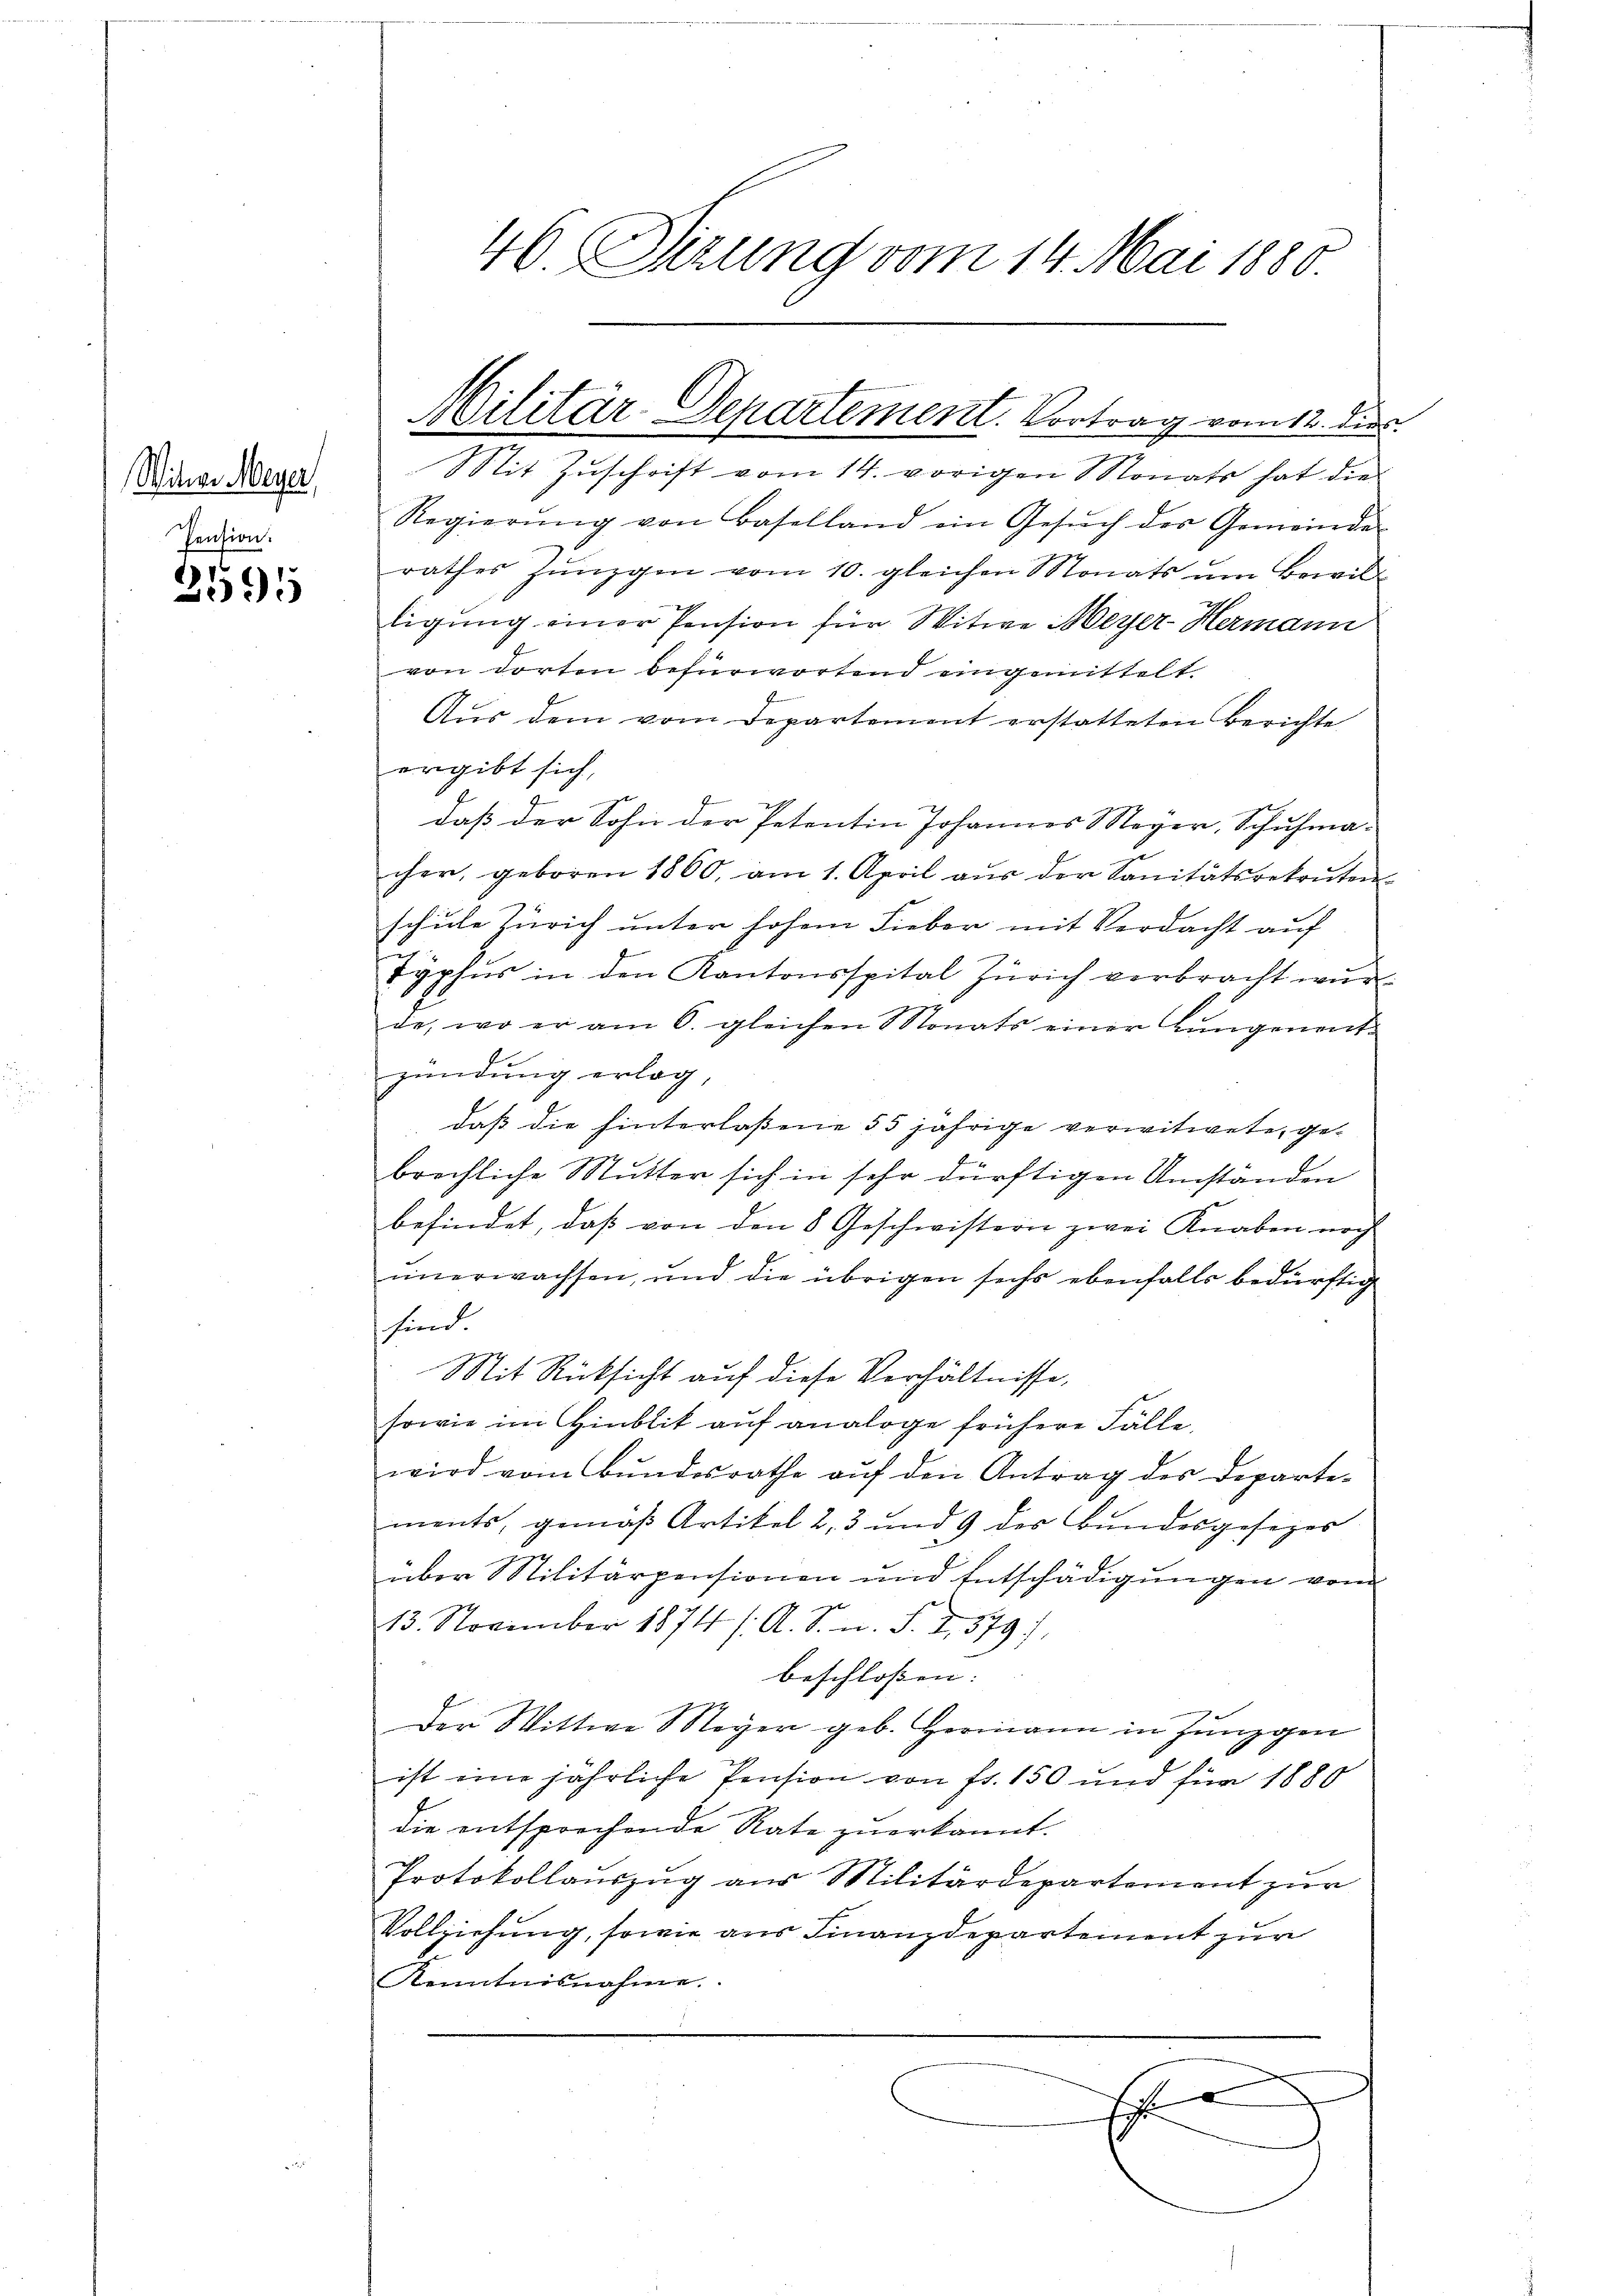
Witwe Meyer,
Pension.

2595

46. Sizung vom 14. Mai 1880

Militär-Departement. Vortrag vom 12. dies

Stit Zuschrift vom 14. vorigen Monats hat die
Regierŭng von Baselland ein Gesŭch des Gemeinde
rathes Zünzgen vom 10. gleichen Monats um Bewilligung einer Pension für Witwe Meyer-Hermann
von dorten befürwortend eingemittelt
Aus dem vom Departement erstatteten Berichte
ergibt sich,
daß der Sohn der Petentin Johannes Meyer, Schuhma-
cher, geboren 1860, am 1. April aŭs der Sanitätsrekruten
schule Zürich unter hohem Fieber mit Verdacht auf
Typhus in den Kantonsspital Zürich verbracht wur-
de, wo er am 6. gleichen Monats einer Lungenent-
zündung erlag,
daß die hinterlassene 55 jährige verwitwete, gebrechliche Mutter sich in sehr dürftigen Umständen
befindet, daß von den 8 Geschwistern zwei Knaben noch
unerwachsen, und die übrigen sechs ebenfalls bedürftig
sind
g
Mit Rücksicht auf diese Verhältnisse,
sowie im Hinblik auf analoge frühere Fälle,
wird vom Bŭndesrathe aŭf den Antrag des Departe-
ments, gemäß Artikel 2, 3 und 9 des Bundesgesezes
über Militärpensionen und Entschädigungen vom
13. November 1874 /. A. S. n. F. I,379)
beschlossen. |
Der Wittwe Mayer geb. Hermann in Junggen
ist eine jährliche Pension von fr. 150 und für 1880
die entsprechende Rate zuerkannt.
Protokollauszug aus Militärdepartement zur
Vollziehung, sowie aus Finanzdepartement zur
n
Kenntnisnahme.
E